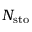
N _ { \mathrm { { s t o } } }